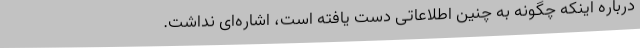
درباره اینکه چگونه به چنین اطلاعاتی دست یافته است، اشاره‌ای نداشت.